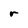
Character: r